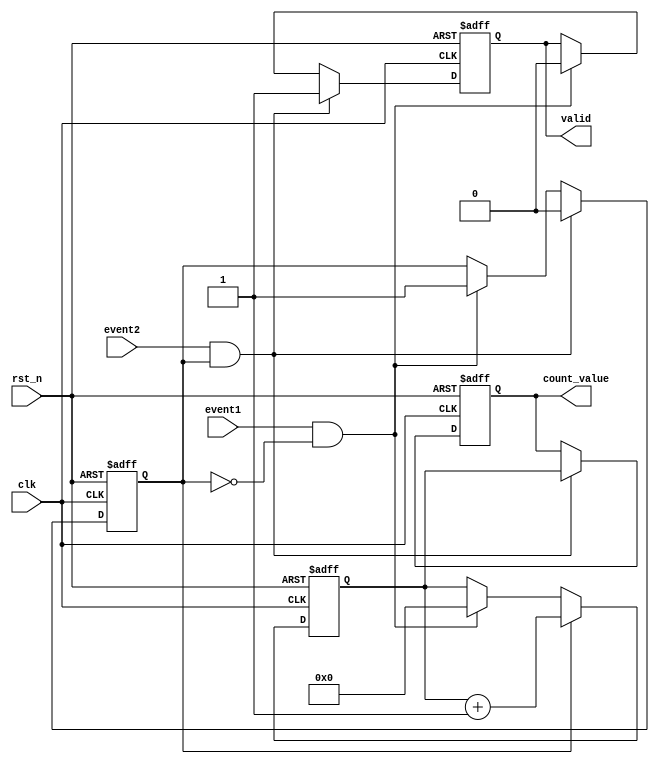
module TDC (
    input wire clk,               // Clock input
    input wire rst_n,             // Active low reset
    input wire event1,            // First event input
    input wire event2,            // Second event input
    output reg [31:0] count_value, // Output count value (time interval in clock cycles)
    output reg valid              // Output valid signal to indicate readiness
);

// State definitions
reg counting;                   // Counting flag
reg [31:0] counter;             // 32-bit counter

// Async reset and counting logic
always @(posedge clk or negedge rst_n) begin
    if (!rst_n) begin
        // Reset condition
        counter <= 32'b0;
        counting <= 1'b0;
        count_value <= 32'b0;
        valid <= 1'b0;
    end else begin
        if (event1 && !counting) begin
            // Start counting on event1
            counter <= 32'b0;       // Reset counter
            counting <= 1'b1;       // Set counting flag
            valid <= 1'b0;          // Clear valid output
        end
        if (counting) begin
            counter <= counter + 1; // Increment counter on each clock cycle
        end
        if (event2 && counting) begin
            // Stop counting on event2
            counting <= 1'b0;       // Clear counting flag
            count_value <= counter; // Store the count value
            valid <= 1'b1;          // Indicate that the value is valid
        end
    end
end

endmodule